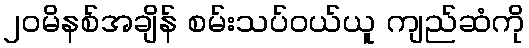
၂၀မိနစ်အချိန် စမ်းသပ်ဝယ်ယူ ကျည်ဆံကို